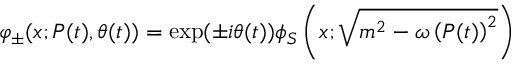
\varphi _ { \pm } ( x ; P ( t ) , \theta ( t ) ) = \exp ( \pm i \theta ( t ) ) \phi _ { S } \left( x ; \sqrt { m ^ { 2 } - \omega \left( P ( t ) \right) ^ { 2 } } \right)